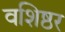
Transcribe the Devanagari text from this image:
वशिष्ठर